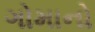
ગોમાનો